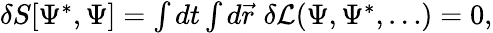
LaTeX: \begin{array}{r}{\delta S[\Psi^{*},\Psi]=\int dt\int d\vec{r}\, \, \delta\mathcal{L}(\Psi,\Psi^{*},\ldots)=0,}\end{array}